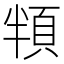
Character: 頖